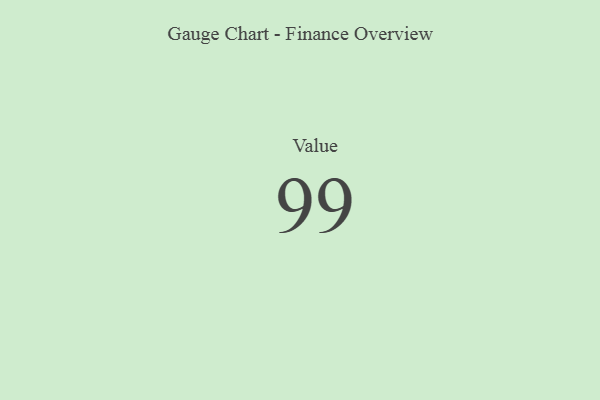
{"axis": {"x": "Metric", "y": "Value"}, "legend": [""], "data": [{"x": "Value", "y": 99, "type": ""}]}